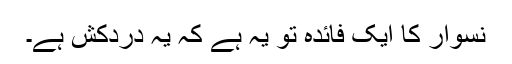
نسوار کا ایک فائدہ تو یہ ہے کہ یہ دردکش ہے۔